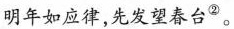
明年如应律，先发望春台^{②}